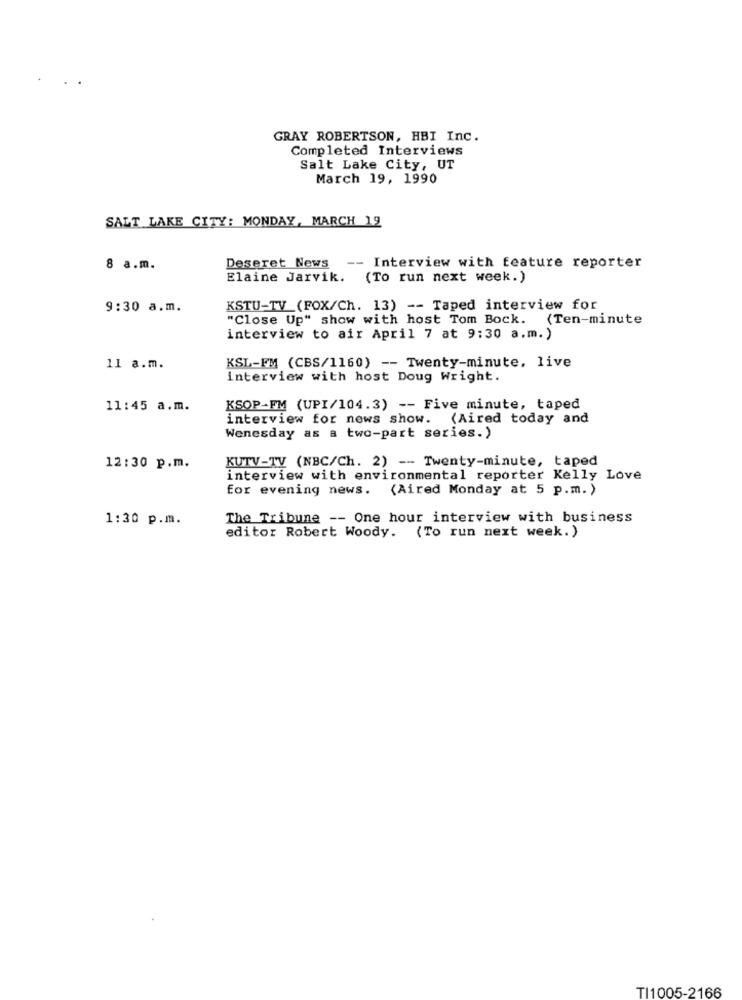
GRAY ROBERTSON, HBI Inc.
Completed Interviews
Salt Lake City, UT
March 19, 1990
SALT LAKE CITY: MONDAY, MARCH 19
8 a.m.
Deseret News -- Interview with feature reporter
Elaine Jarvik. (To run next week.)
9:30 a.m.
KSTU-TV (FOX/Ch. 13) -- Taped interview for
"Close Up" show with host Tom Bock. (Ten-minute
interview to air April 7 at 9:30 a.m.)
11 a.m.
KSL-FM (CBS/1160) -- Twenty-minute, live
interview with host Doug Wright.
11:45 a.m.
KSOP-FM (UPI/104.3) -- Five minute, taped
interview for news show. (Aired today and
Wenesday as a two-part series.)
KUTV-TV (NBC/Ch. 2) -- Twenty-minute, taped
12:30 p.m.
interview with environmental reporter Kelly Love
for evening news.
(Aired Monday at 5 p.m. )
1:30 p.m.
The Tribune -- One hour interview with business
editor Robert Woody. (To run next week.)
TI1005-2166